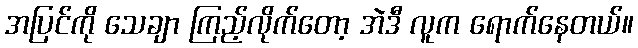
အပြင်ကို သေချာ ကြည့်လိုက်တော့ အဲဒီ လူက ရောက်နေတယ်။